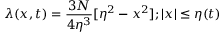
\lambda ( x , t ) = \frac { 3 N } { 4 \eta ^ { 3 } } [ \eta ^ { 2 } - x ^ { 2 } ] ; | x | \le \eta ( t )